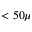
< 5 0 \mu